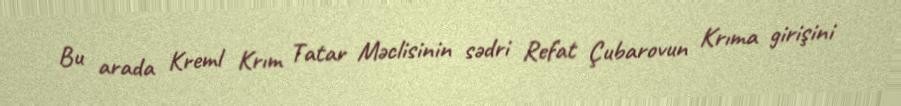
Bu arada Kreml Krım Tatar Məclisinin sədri Refat Çubarovun Krıma girişini